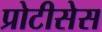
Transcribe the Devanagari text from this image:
प्रोटीसेस